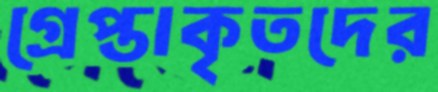
গ্রেপ্তাকৃতদের